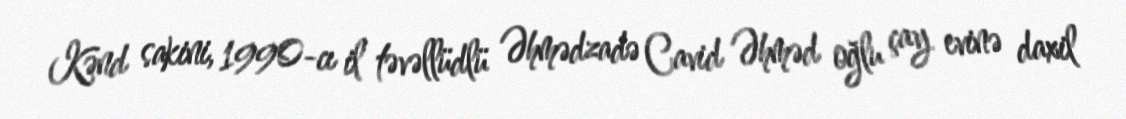
Kənd sakini, 1990-cı il təvəllüdlü Əhmədzadə Cavid Əhməd oğlu çay evinə daxil